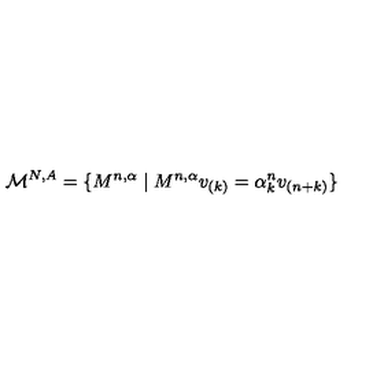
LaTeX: \mathcal { M } ^ { N , A } = \{ M ^ { n , \alpha } \mid M ^ { n , \alpha } v _ { ( k ) } = \alpha _ { k } ^ { n } v _ { ( n + k ) } \}